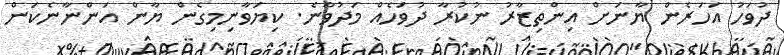
ދުވަހު އަހަރެން ޔާނަށް އިންތިޒާރު ނުކުރާ ދުވަހެއް މަދުވާނެ. ކިޔަވާނިމިގެން ޔާން އަންނާނެކަން